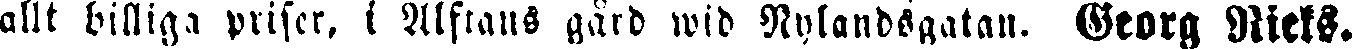
allt billiga priser, i Alfrans gård wid Nylandsgatan. Georg Rieks.